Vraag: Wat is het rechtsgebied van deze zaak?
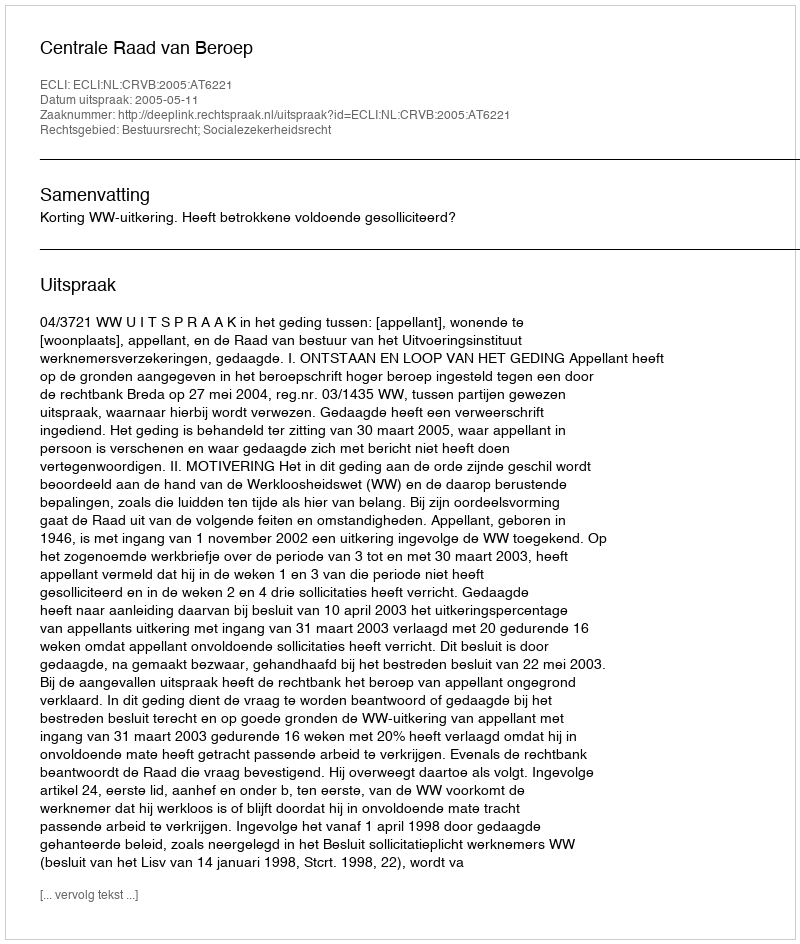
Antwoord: Bestuursrecht; Socialezekerheidsrecht